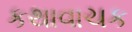
કથાવાચક